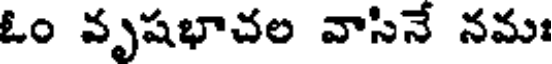
ఓం వృషభాచల వాసినే నమః